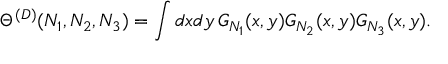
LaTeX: \Theta ^ { ( D ) } ( N _ { 1 } , N _ { 2 } , N _ { 3 } ) = \int d x d y \, G _ { N _ { 1 } } ( x , y ) G _ { N _ { 2 } } ( x , y ) G _ { N _ { 3 } } ( x , y ) .